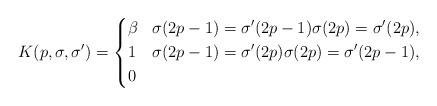
LaTeX: \begin{align*}K(p,\sigma,\sigma') = \left\{\begin{aligned} &\beta & & \sigma(2p-1) = \sigma'(2p-1) \sigma(2p) = \sigma'(2p),\\&1 & & \sigma(2p-1) = \sigma'(2p) \sigma(2p) = \sigma'(2p-1),\\&0 & & \end{aligned} \right.\end{align*}